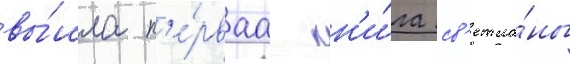
вы́шла п'е́рваа кн'и́га св'етла́ны